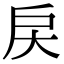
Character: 戻